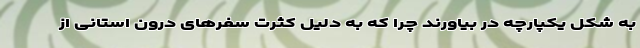
به شکل یکپارچه در بیاورند چرا که به دلیل کثرت سفرهای درون استانی از